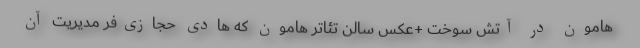
هامون در آتش سوخت +عکس سالن تئاتر هامون که هادی حجازی‌فر مدیریت آن